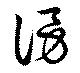
謗